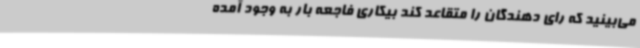
می‌بینید که رای دهندگان را متقاعد کند بیکاری فاجعه بار به وجود آمده